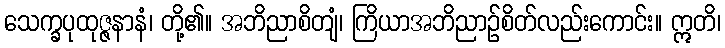
သေက္ခပုထုဇ္ဇနာနံ၊ တို့၏။ အဘိညာစိတျံ၊ ကြိယာအဘိညာဉ်စိတ်လည်းကောင်း။ ဣတိ၊